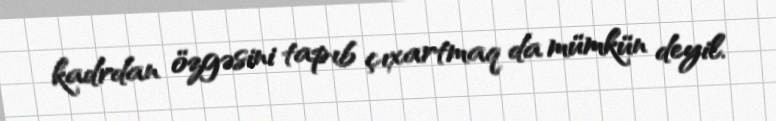
kadrdan özgəsini tapıb çıxartmaq da mümkün deyil.